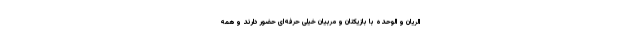
الریان و الوحده با بازیکنان و مربیان خیلی حرفه‌ای حضور دارند و همه